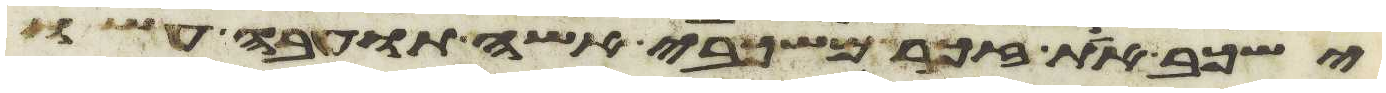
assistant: ישכב את זכר משכבי אשה תועבה עשו